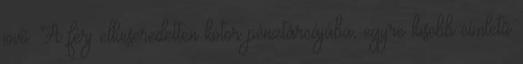
jövõ. A férj elkeseredetten kotor pénztárcájába, egyre kisebb címletû